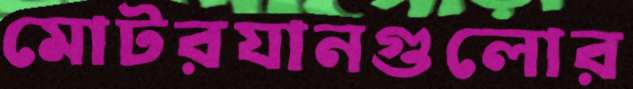
মোটরযানগুলোর